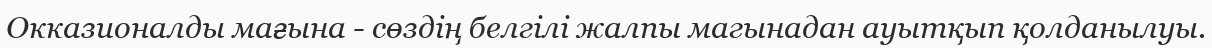
Окказионалды мағына - сөздің белгілі жалпы магынадан ауытқып қолданылуы.